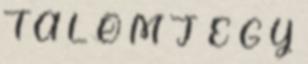
T A L O M J E G Y